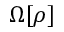
\Omega [ \rho ]